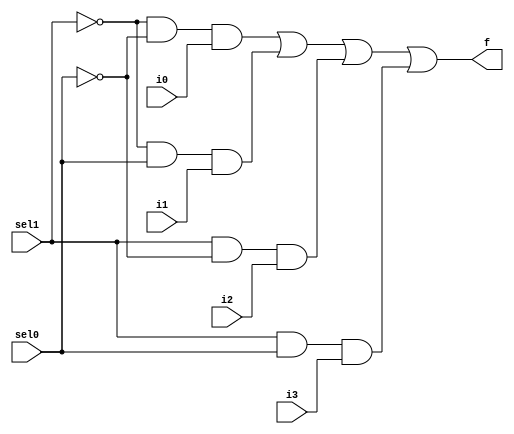
module mux4to1(sel1, sel0, i0, i1, i2, i3, f);
  input i0, i1, i2, i3, sel1, sel0;
  output f;
  wire w1, w2, w3, w4, nsel1, nsel0;
  
  not(nsel1, sel1);
  not(nsel0, sel0);
  and(w1, nsel1, nsel0, i0);
  and(w2, nsel1, sel0, i1);
  and(w3, sel1, nsel0, i2);
  and(w4, sel1, sel0, i3);
  or(f, w1, w2, w3, w4);
endmodule

module test_bench_mux4to1;
  reg i0_t,  i1_t, i2_t, i3_t;
  reg sel1_t, sel0_t;
  wire f_t;

  mux4to1 m(.sel1(sel1_t), .sel0(sel0_t), .i0(i0_t), .i1(i1_t), .i2(i2_t), .i3(i3_t), .f(f_t));
  initial begin
    $monitor("sel1=%b, sel0=%b, i0=%b, i1=%b, i2=%b, i3=%b f=%b ", sel1_t, sel0_t, i0_t, i1_t, i2_t, i3_t, f_t);
    sel1_t=1'b0; sel0_t=1'b0; i0_t=1'b1; i1_t=1'b0; i2_t=1'b0; i3_t=1'b0;
    #10
    sel1_t=1'b0; sel0_t=1'b1; i0_t=1'b0; i1_t=1'b1; i2_t=1'b0; i3_t=1'b0;
    #10
    sel1_t=1'b1; sel0_t=1'b0; i0_t=1'b0; i1_t=1'b0; i2_t=1'b1; i3_t=1'b0;
    #10
    sel1_t=1'b1; sel0_t=1'b1; i0_t=1'b0; i1_t=1'b0; i2_t=1'b0; i3_t=1'b1;
    #10
    sel1_t=1'b0; sel0_t=1'b0; i0_t=1'b0; i1_t=1'b1; i2_t=1'b1; i3_t=1'b1;
    #10
    sel1_t=1'b0; sel0_t=1'b1; i0_t=1'b1; i1_t=1'b0; i2_t=1'b1; i3_t=1'b1;
    #10
    sel1_t=1'b1; sel0_t=1'b0; i0_t=1'b1; i1_t=1'b1; i2_t=1'b0; i3_t=1'b1;
    #10
    sel1_t=1'b1; sel0_t=1'b1; i0_t=1'b1; i1_t=1'b1; i2_t=1'b1; i3_t=1'b0;   
  end
endmodule